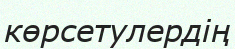
көрсетулердің